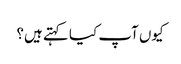
کیوں آپ کیا کہتے ہیں؟